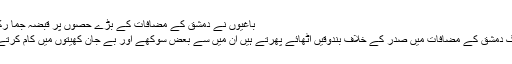
باغیوں نے دمشق کے مضافات کے بڑے حصوں پر قبضہ جما رکھا ہے
جو لوگ دمشق کے مضافات میں صدر کے خلاف بندوقیں اٹھائے پھرتے ہیں ان میں سے بعض سوکھے اور بے جان کھیتوں میں کام کرتے تھے۔